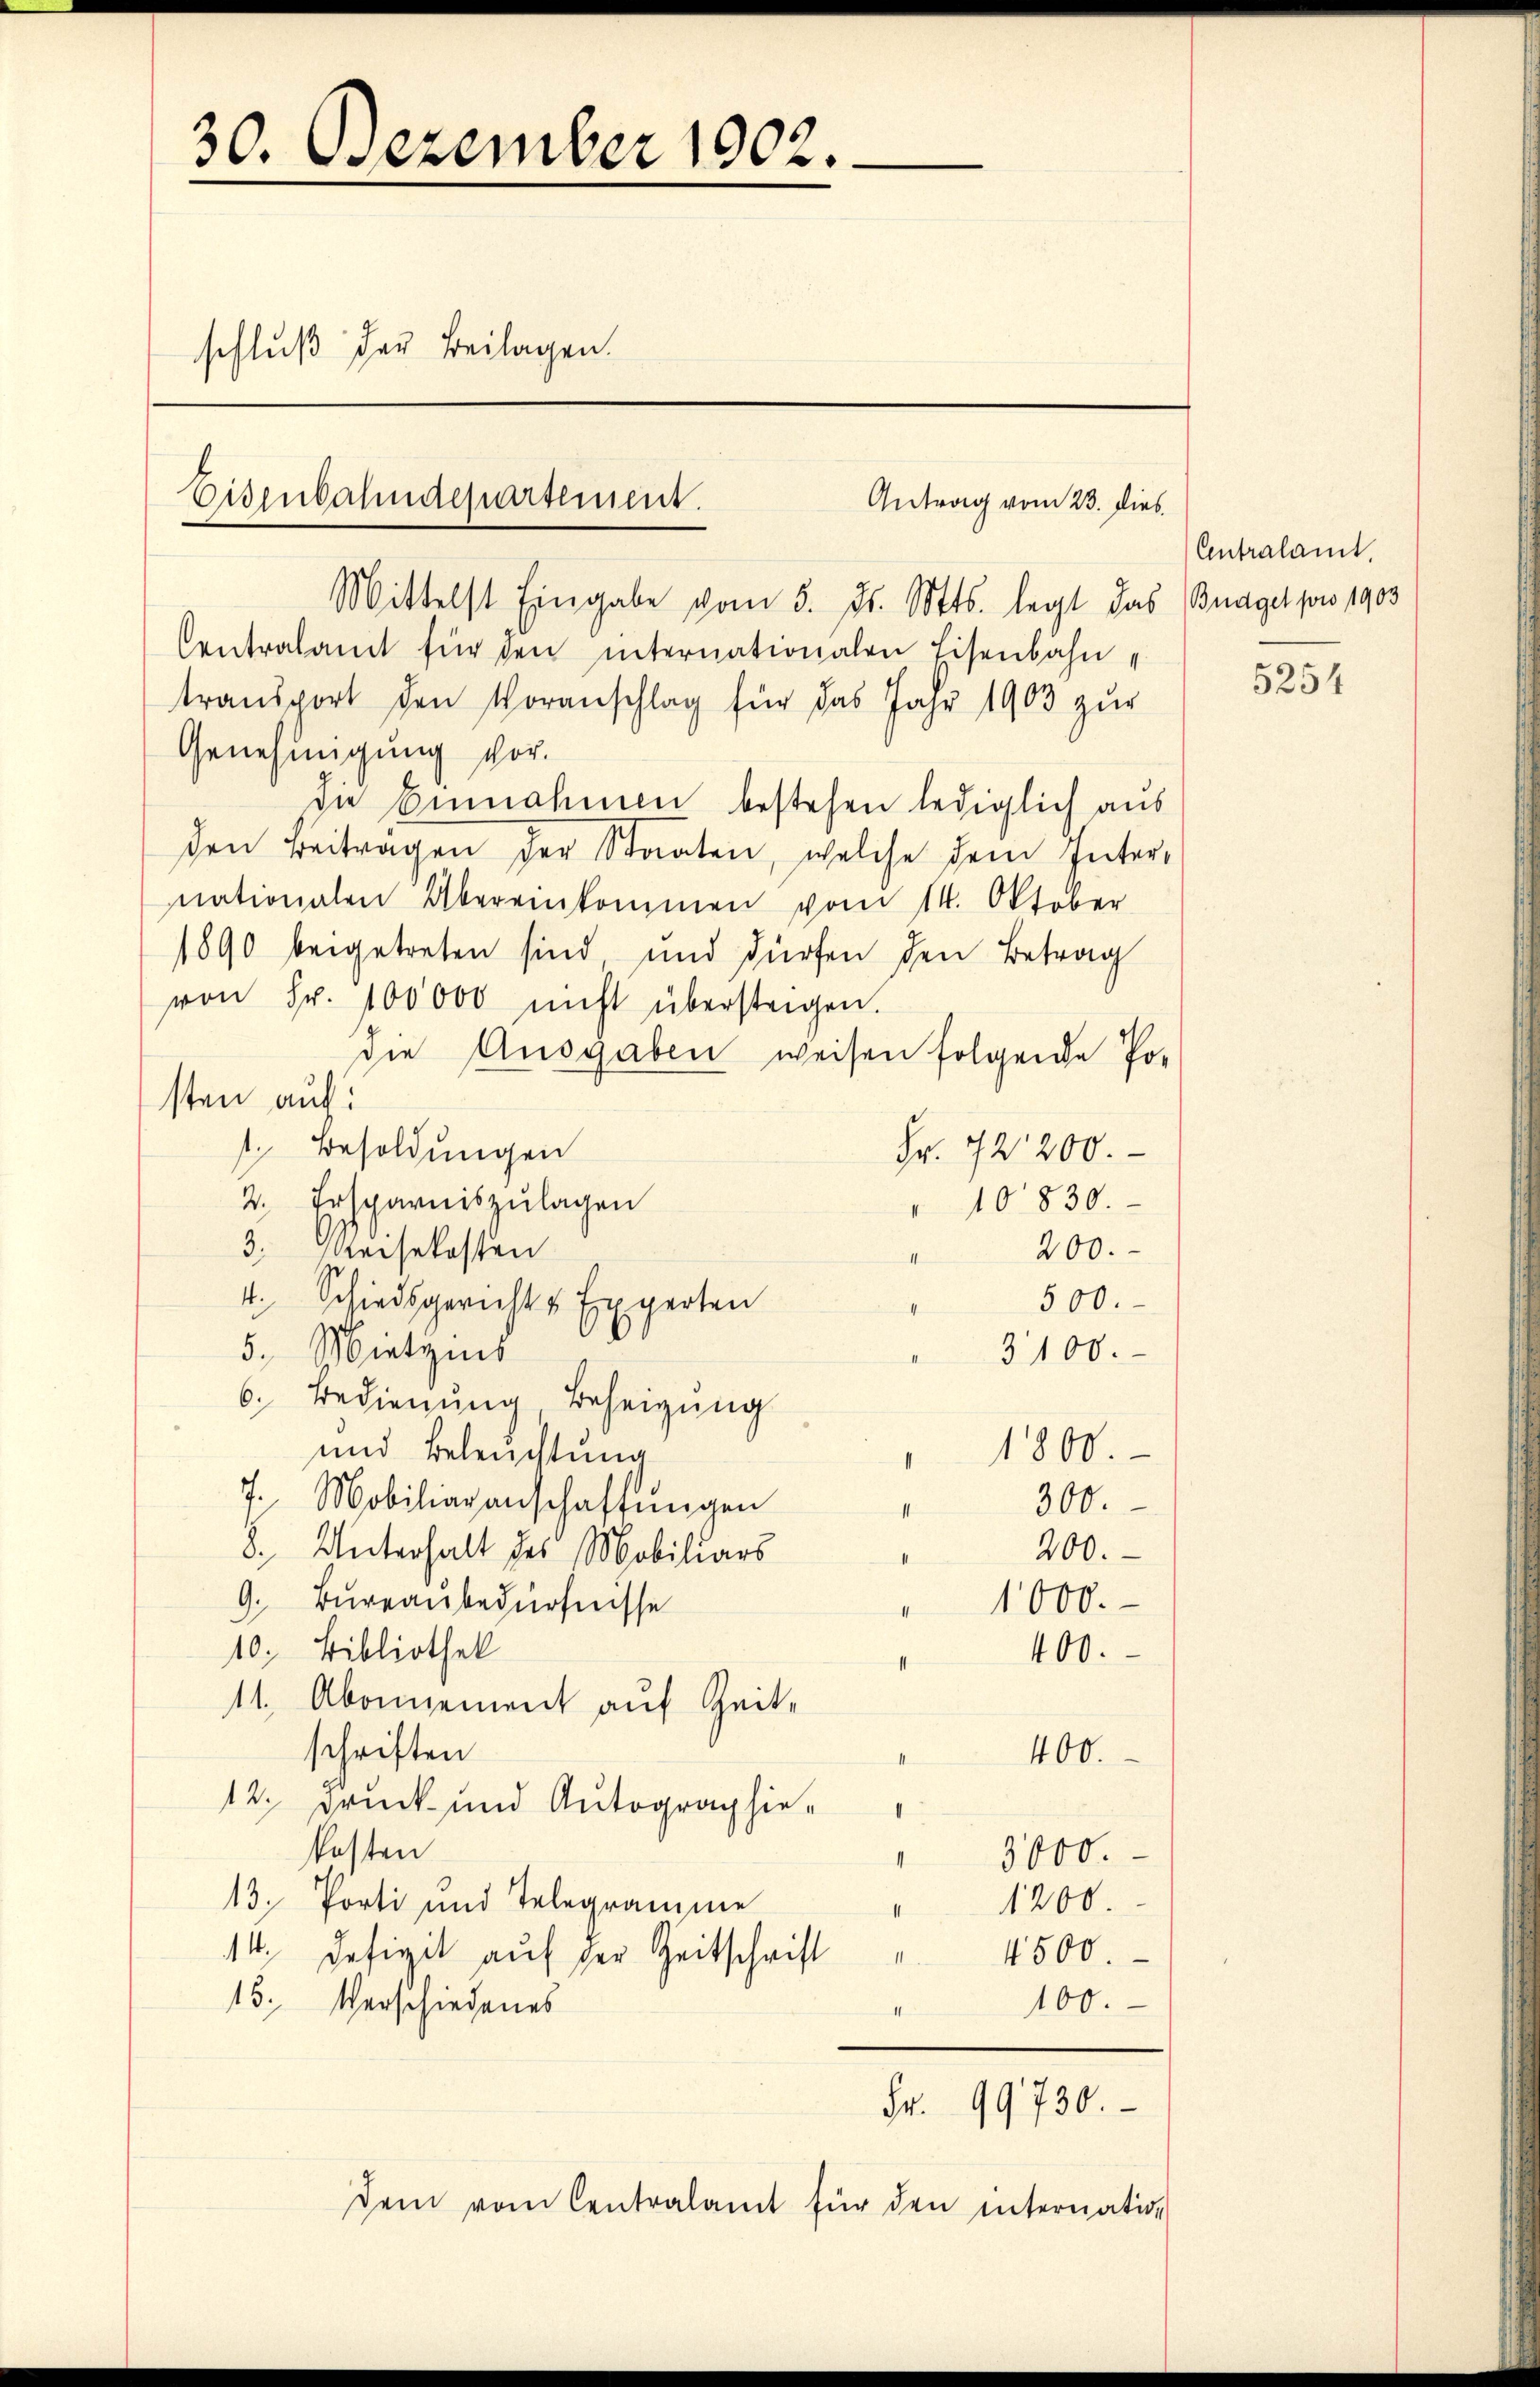
30. Dezember 1902.
schluß der Beilagen.

Eisenbahndepartement.
Antrag vom 23. dies

Mittelst Eingabe vom 5. ds. Mts. legt das Bnagel pro 1903
Centralamt für den internationalen Eisenbahntransport den Voranschlag für das Jahr 1903 zur
Genehmigung vor.
die Einnahmen bestehen lediglich aus
den Beiträgen der Staaten, welche dem Inter-
nationalen Übereinkommen vom 14. Oktober
1890 beigetreten sind und dürfen den Betrag
von Fr. 100000 nicht überstagen.
die Ausgaben weisen folgende Po-
sten auf
1. Besoldungen
Fr. 72200.
2. Ersparniszulagen
10830.
3. Reisekosten
200.
4. Schiedsgericht & Experten
500.
5. Mietzins
3100.
6. Bedienung, Beheizung
1800.
und Beleuchtung
7. Mobiliaranschaffungen
300.
II
200.
8. Unterhalt des Mobiliars
9. Bureaubedürfnisse
1000.
10, Bibliothek
400.
11. Abonnement auf Zeit-
schriften
400.
12. Druck und Autographie-
.
kosten
3000.
II
13. Porti und Telegramme
1200.
1
14. Defizit auf der Zeitschrift
4500.
II
100.
13. Verschiedenes
Fr. 99730.
dem vom Centralamt für den internation

Antralamt.

5254